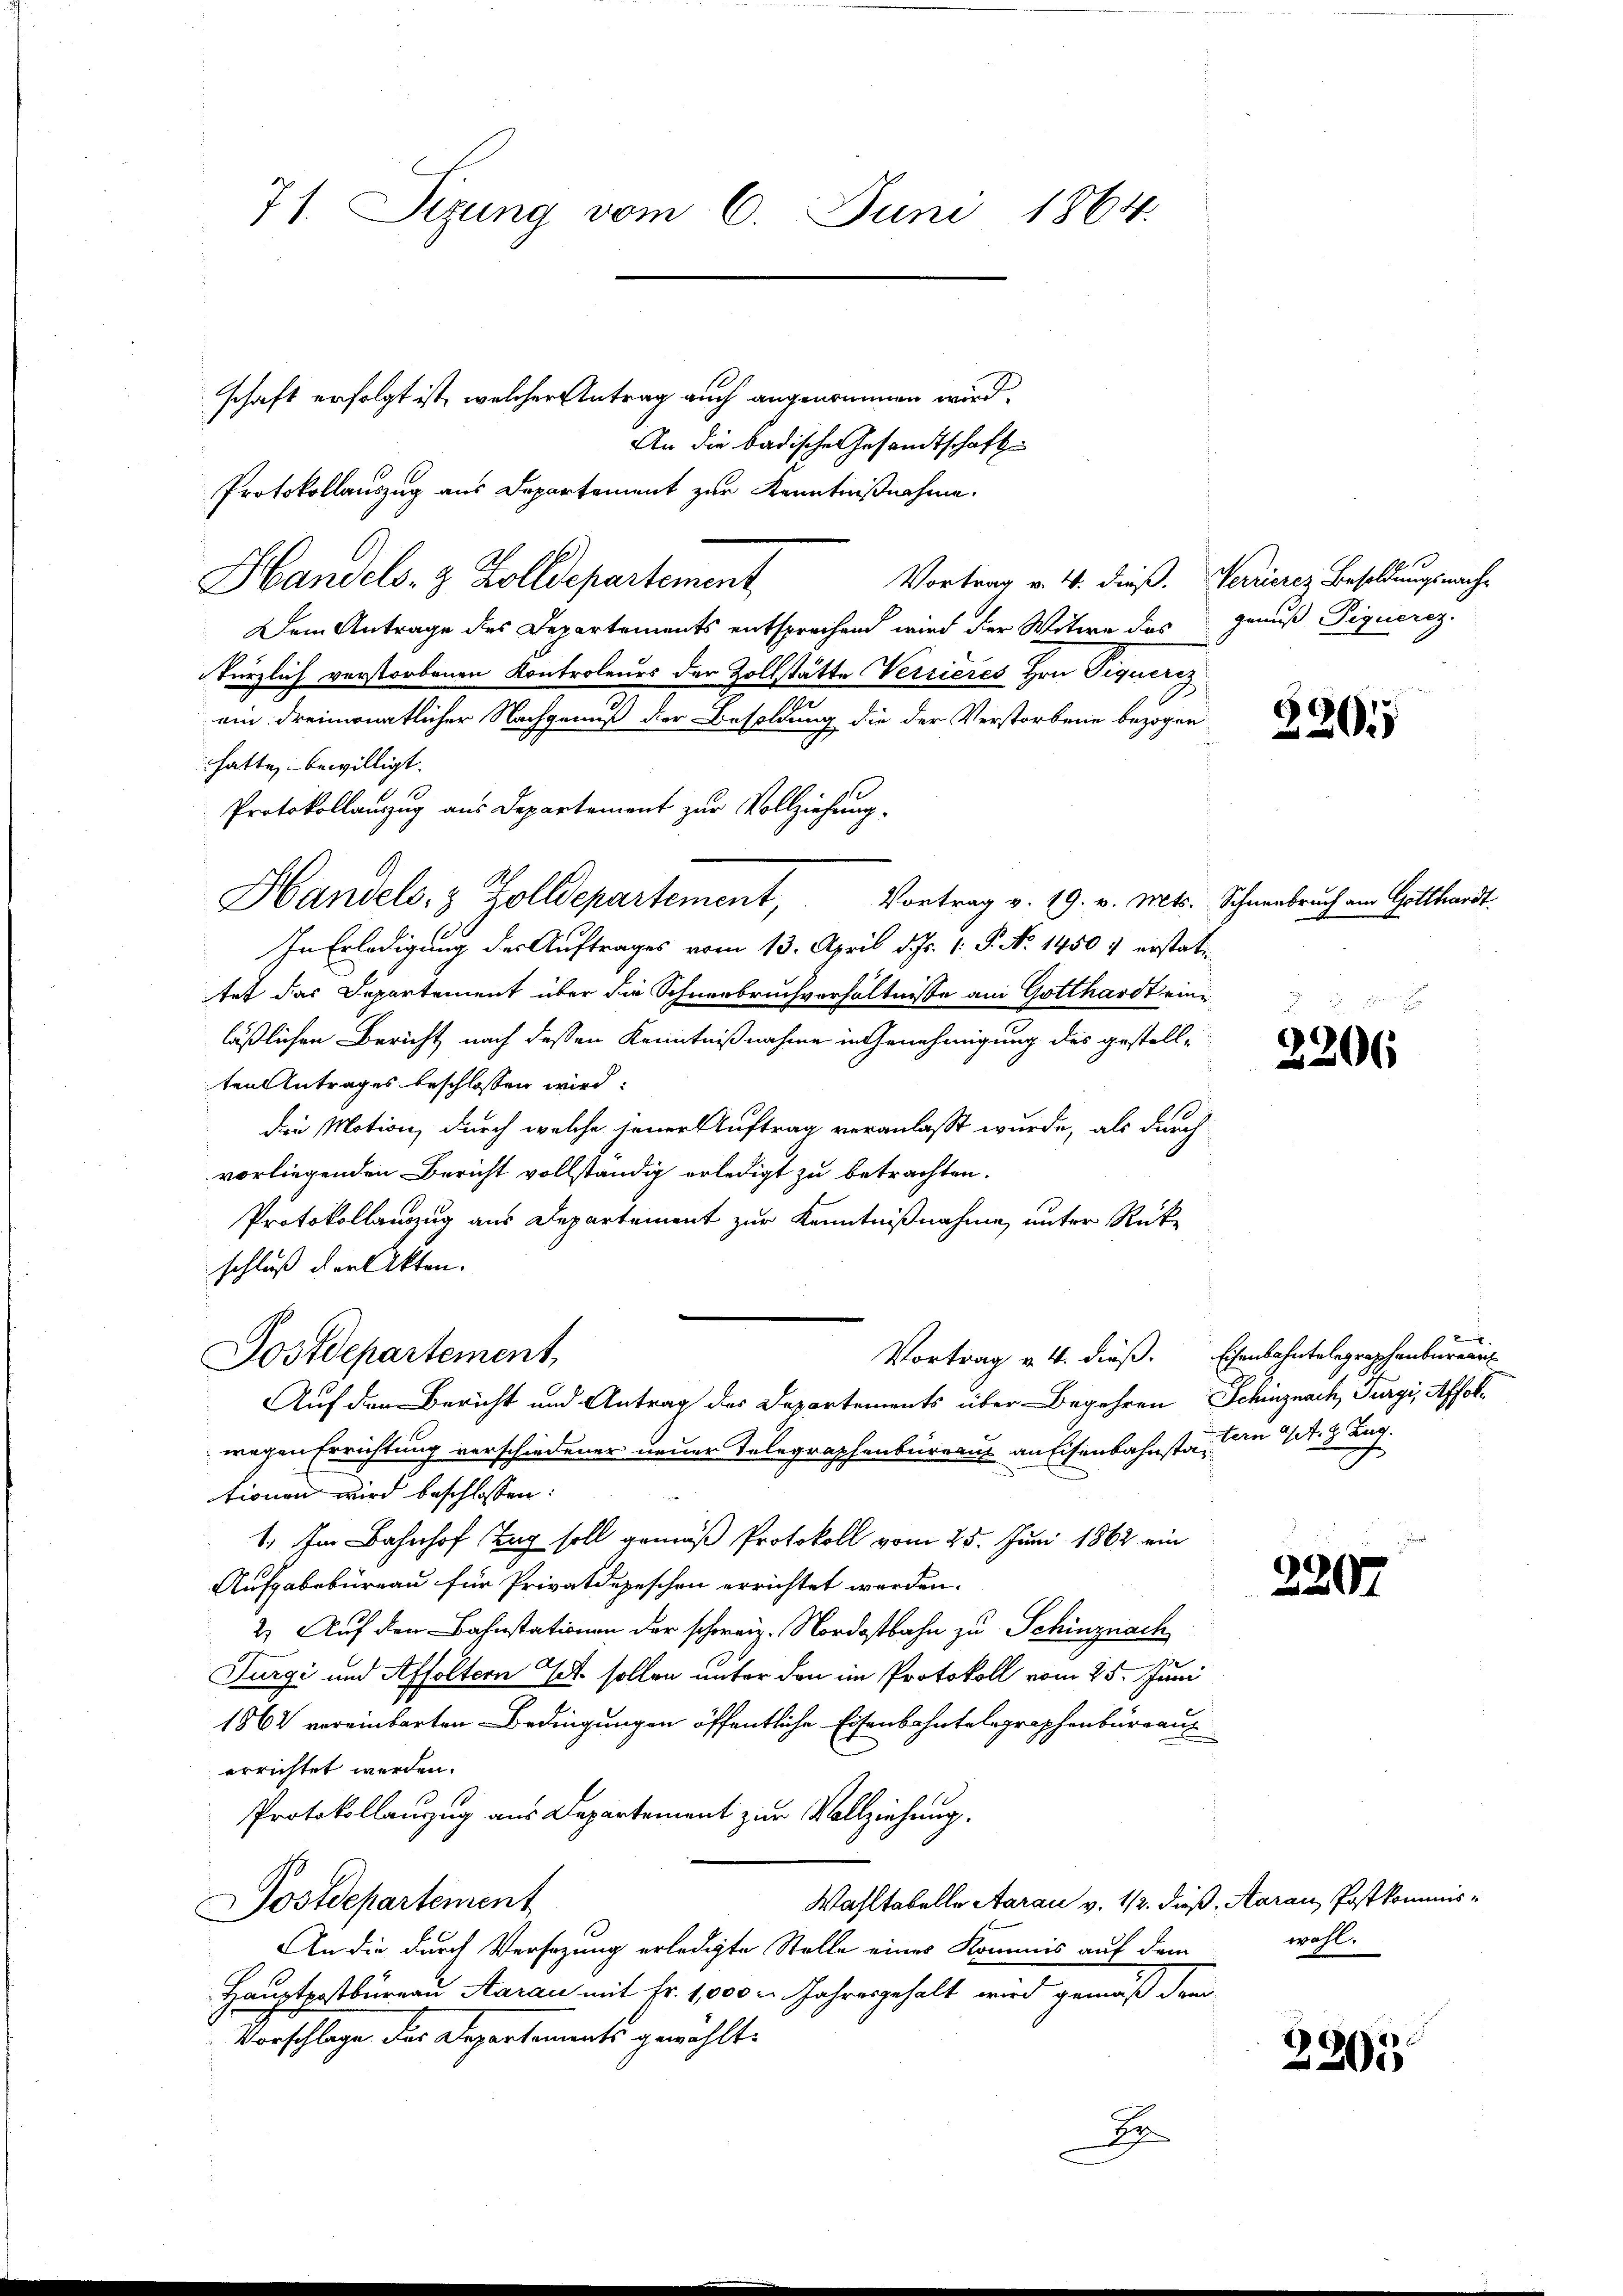
71. Sizung vom 6. Juni 1864.

schaft erfolgt ist, welcher Antrag auch angenommen wird.
An die badische Gesandtschaft
Protokollauszug aus Departement zur Kenntnißnahme.
Vortrag v. 4. dieß.
Handels- & Zolldepartement
Dem Antrage des Departements entsprechend wird der Witwe das
kürzlich verstorbenen Kontroleurs der Zollstätte Verrieres Hrn. Piquercz
ein dreimonatlicher Nachgenuß der Besoldung die der Verstorbene bezöger
hatte, bewilligt.
Protokollauszug aus Departement zur Vollziehung.
Handels- & Zolldepartement, Vortrag v. 19. v. Mts.
In Erledigung des Auftrages vom 13. April d. Js. 1. P. N. 1450 & erstattet das Departement über die Schneebruchverhältnisse am Gotthardt ein
läßlichen Bericht nach dessen Kenntnißnahme in Genehmigung des gestellten Antrages beschlossen wird.
die Motion, durch welche jener Auftrag veranlaßt wurde, als durch
vorliegenden Bericht vollständig erledigt zu betrachten.
Protokollauszug aus Departement zur Kenntnißnahme, unter Rückschluß der Akten.
Postdepartement,
Vortrag v. 4. dieß.
Auf den Bericht und Antrag des Departements über Begehren
wegen Errichtung verschiedener neuer Telegraphenbureaus an Eisenbahnsta. An St. Lug
tionen wird beschlossen:
1. Im Bahnhof Tag soll gemäß Protokoll vom 25. Juni 1862 ein
Aufgabebureau für Privatdepeschen errichtet worden.
2) Auf den Bahnstationen der schweiz. Nordostbahn zu Schinznach
Furgi und Affoltern ich sollen unter den im Protokoll vom 25. Juni
1862 vereinbarten Bedingungen öffentliche Eisenbahntelegraphenburgauerrichtet werden.
Protokollauzug aus Departement zur Vollziehung.
Wahltabelle Aarau v. 112. der
ostdepartement
An die durch Versezung erledigte Stelle eines Kommis auf dem
Hauptpostbureau, Aarau mit Fr. 1,000 M. Jahresgehalt wird gemäß den
Vorschlage der Departements gewählt.

Verrierez Besoldungsnachgenus Piquerez.

3205

Schneebruch am Gotthardt.

senen
2206

2207

d. Aarau, Postkommiswohl.

2305

Eisenbahntelegraphenbureau
Schinznach Turgi, Affol¬